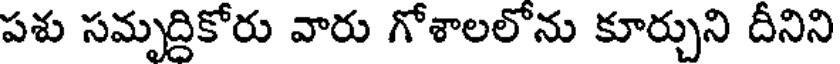
పశు సమృద్దికోరు వారు గోశాలలోను కూర్చుని దీనిని